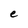
Character: e